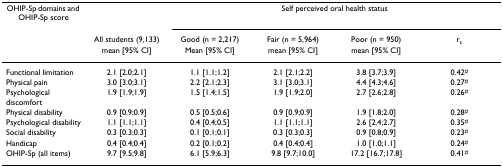
<table><thead><tr><td><b>OHIP-Sp domains and OHIP-Sp score</b></td><td></td><td colspan="4"><b>Self perceived oral health status</b></td></tr><tr><td></td><td><b>All students (9,133)</b></td><td><b>Good (n = 2,217)</b></td><td><b>Fair (n = 5,964)</b></td><td><b>Poor (n = 950)</b></td><td><b>r<sub>s</sub></b></td></tr><tr><td></td><td><b>mean [95% CI]</b></td><td><b>Mean [95% CI]</b></td><td><b>mean [95% CI]</b></td><td><b>mean [95% CI]</b></td><td></td></tr></thead><tbody><tr><td>Functional limitation</td><td>2.1 [2.0;2.1]</td><td>1.1 [1.1;1.2]</td><td>2.1 [2.1;2.2]</td><td>3.8 [3.7;3.9]</td><td>0.42<sup>#</sup></td></tr><tr><td>Physical pain</td><td>3.0 [3.0;3.1]</td><td>2.2 [2.1;2.3]</td><td>3.1 [3.0;3.1]</td><td>4.4 [4.3;4.6]</td><td>0.27<sup>#</sup></td></tr><tr><td>Psychological discomfort</td><td>1.9 [1.9;1.9]</td><td>1.5 [1.4;1.5]</td><td>1.9 [1.9;2.0]</td><td>2.7 [2.6;2.8]</td><td>0.26<sup>#</sup></td></tr><tr><td>Physical disability</td><td>0.9 [0.9;0.9]</td><td>0.5 [0.5;0.6]</td><td>0.9 [0.9;0.9]</td><td>1.9 [1.8;2.0]</td><td>0.28<sup>#</sup></td></tr><tr><td>Psychological disability</td><td>1.1 [1.1;1.1]</td><td>0.4 [0.4;0.5]</td><td>1.1 [1.1;1.1]</td><td>2.6 [2.4;2.7]</td><td>0.35<sup>#</sup></td></tr><tr><td>Social disability</td><td>0.3 [0.3;0.3]</td><td>0.1 [0.1;0.1]</td><td>0.3 [0.3;0.3]</td><td>0.9 [0.8;0.9]</td><td>0.23<sup>#</sup></td></tr><tr><td>Handicap</td><td>0.4 [0.4;0.4]</td><td>0.2 [0.1;0.2]</td><td>0.4 [0.4;0.4]</td><td>1.0 [1.0;1.1]</td><td>0.24<sup>#</sup></td></tr><tr><td>OHIP-Sp (all items)</td><td>9.7 [9.5;9.8]</td><td>6.1 [5.9;6.3]</td><td>9.8 [9.7;10.0]</td><td>17.2 [16.7;17.8]</td><td>0.41<sup>#</sup></td></tr></tbody></table>